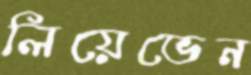
লিয়েভেন